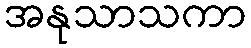
အနုသာသကာ